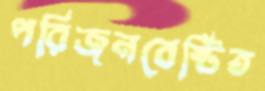
পরিজনবেষ্টিত